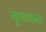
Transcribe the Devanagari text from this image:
मूलाचार।